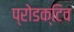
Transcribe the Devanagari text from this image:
प्रोडक्टिव